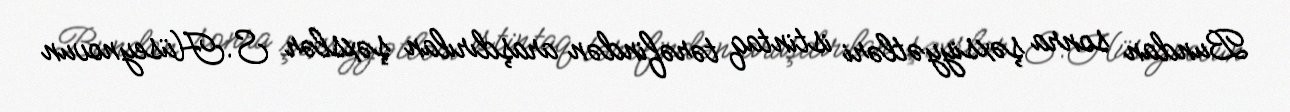
Bundan sonra şəxsiyyətləri istintaq tərəfindən araşdırılan şəxslər S.Hüseynovun